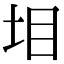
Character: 𡊟